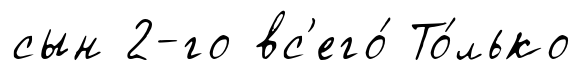
сын 2-го вс'его́ То́лько